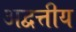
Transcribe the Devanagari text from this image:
अद्वत्तीय